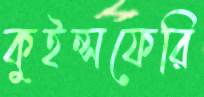
কুইন্সফেরি